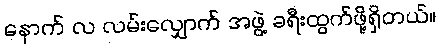
နောက် လ လမ်းလျှောက် အဖွဲ့ ခရီးထွက်ဖို့ရှိတယ်။